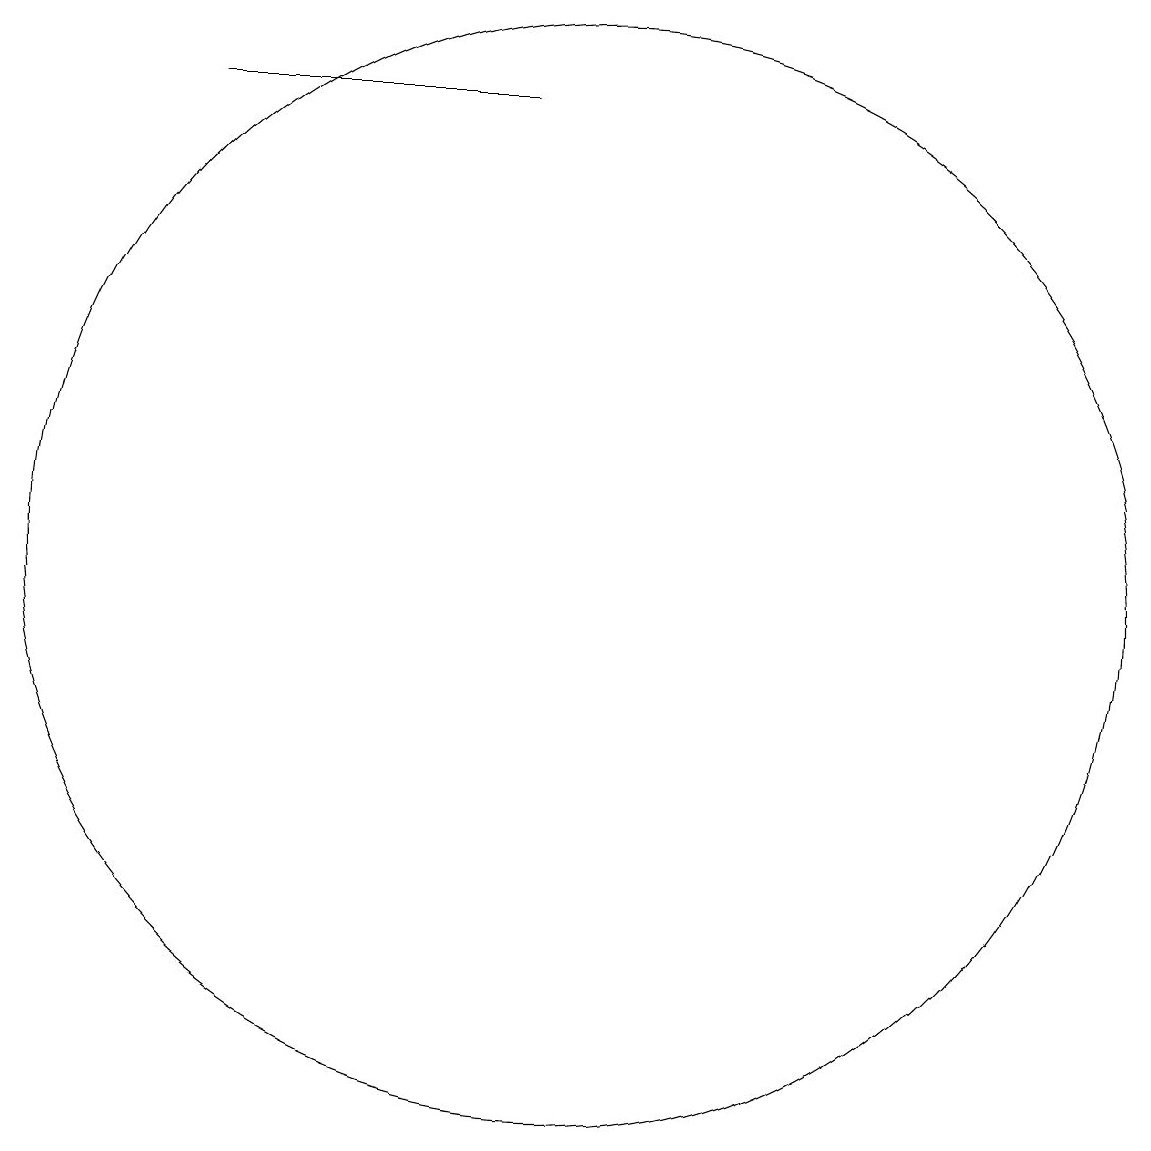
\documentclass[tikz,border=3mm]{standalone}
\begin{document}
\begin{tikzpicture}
\draw (9,18) rectangle (5,18);
\draw (10,12) circle (7);
\draw (12,11) circle (0);
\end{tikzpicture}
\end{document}